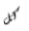
كل